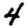
Digit: 4